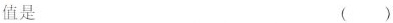
值是（）